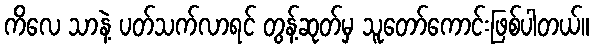
ကိလေ သာနဲ့ ပတ်သက်လာရင် တွန့်ဆုတ်မှ သူတော်ကောင်းဖြစ်ပါတယ်။